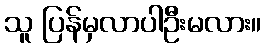
သူ ပြန်မှလာပါဦးမလား။